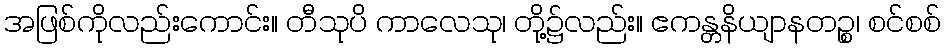
အဖြစ်ကိုလည်းကောင်း။ တီသုပိ ကာလေသု၊ တို့၌လည်း။ ဧကန္တနိယျာနတဉ္စ၊ စင်စစ်